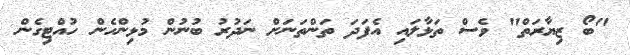
"ބޯ ޒިޔާރަތް" ވެސް ތަޅާލައި އެފަދަ ތަންތަނަށް ނަދުރު ބުނުން މުޅިންހެން ހުއްޓިގެން